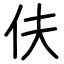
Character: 伕